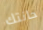
حانتك